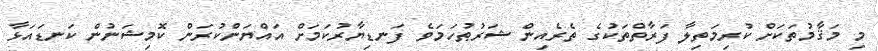
މި މަޤާމުތަކަށް ކުރިމަތިލާ ފަރާތްތަކުގެ ތެރެއިން ޝަރުޠުހަމަވެ ފަނޑިޔާރުކަމަށް އައްޔަންކުރަން ކޮމިޝަނުން ކަނޑައަޅާ